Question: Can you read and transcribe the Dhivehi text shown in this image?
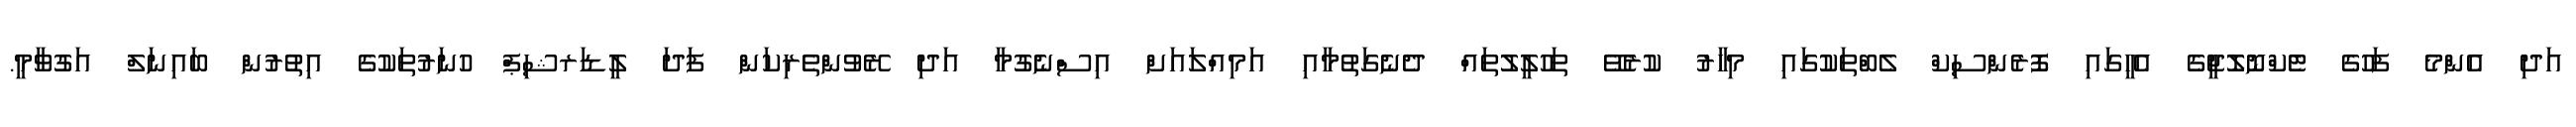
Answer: އަދި އެންމެ ފަހުގެ ޓެކްނޮލޮޖީގެ އެހީގައި ފޮރެންސިކް ލެބްތަކުގައި މިހާރު ކުރެވޭ ތަހުލީލުތައް ދެނެގަތުމާއި އަމިއްލައަށް އިސްނެގުމާ އަދި ރޭވުންތެރިކަން ފަދަ ލީޑަރޝިޕް ހުނަރުތަކުގެ އިތުރުން ބައިނަލް އަގުވާމީ.